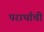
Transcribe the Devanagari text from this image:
परार्थाची